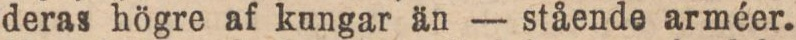
deras högre af kungar än — stående arméer.